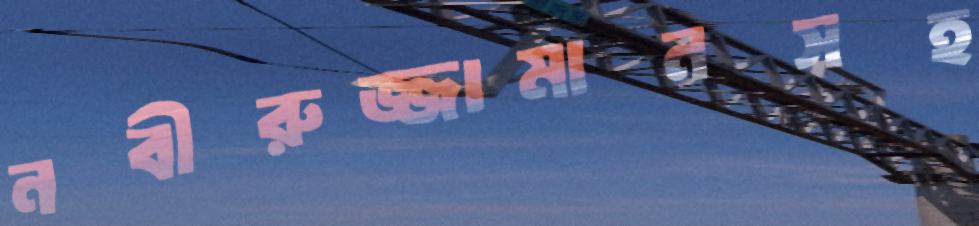
নবীরুজ্জামানসহ